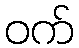
ဝက်